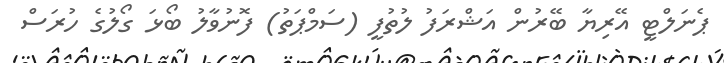
ޕެނަލްޓީ އޭރިޔާ ބޭރުން އަޝްރަފު ލުތުފީ (ސަމްޕަތު) ފޮނުވާލު ބޯޅަ ގޯލުގެ ހުރަސް